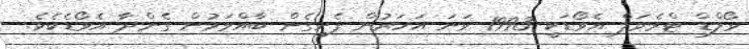
ވޯލްޑް ޓްރެވަލް އެވޯޑަކީ 1993 ވަނަ އަހަރުން ފެށިގެން ބާއްވަމުން ގެންދާ އެވޯޑެކެވެ.